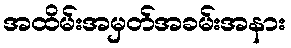
အထိမ်းအမှတ်အခမ်းအနား